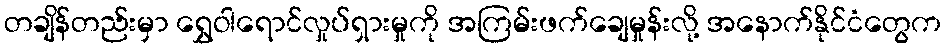
တချိန်တည်းမှာ ရွှေဝါရောင်လှုပ်ရှားမှုကို အကြမ်းဖက်ချေမှုန်းလို့ အနောက်နိုင်ငံတွေက